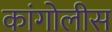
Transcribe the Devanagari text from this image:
कांगोलीस